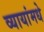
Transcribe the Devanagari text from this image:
व्यायांमधे